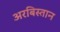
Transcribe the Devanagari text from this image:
अरबिस्तान